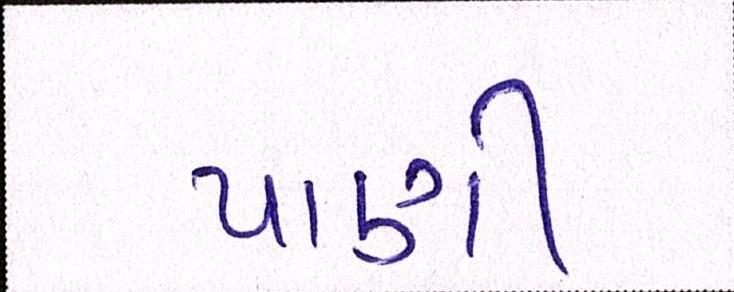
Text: પાણી